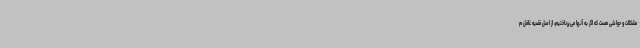
مشکلات و حواشی هست که اگر به آنها می‌پرداختیم، از اصل قضیه غافل م